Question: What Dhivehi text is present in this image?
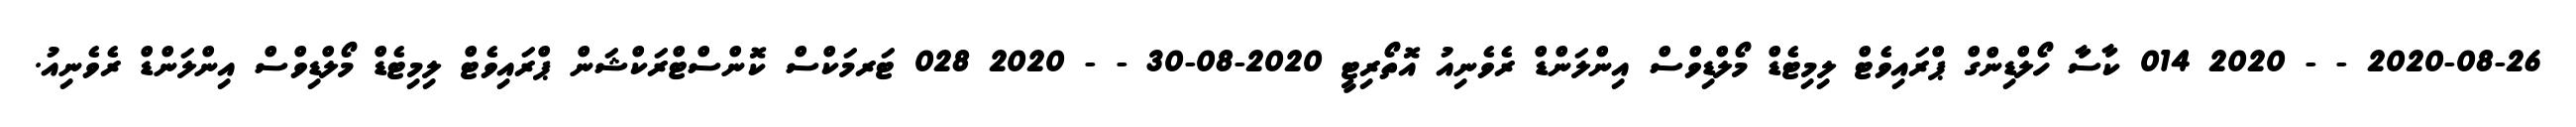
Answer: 2020-08-26 - - 2020 014 ކާސާ ހޯލްޑިންގް ޕްރައިވެޓް ލިމިޓެޑް މޯލްޑިވްސް އިންލަންޑް ރެވެނިއު އޮތޯރިޓީ 2020-08-30 - - 2020 028 ޓަރމަކްސް ކޮންސްޓްރަކްޝަން ޕްރައިވެޓް ލިމިޓެޑް މޯލްޑިވްސް އިންލަންޑް ރެވެނިއު.